Vaccine operations Central Provinces 1886-1899 - 1886-1899
Year: 1886
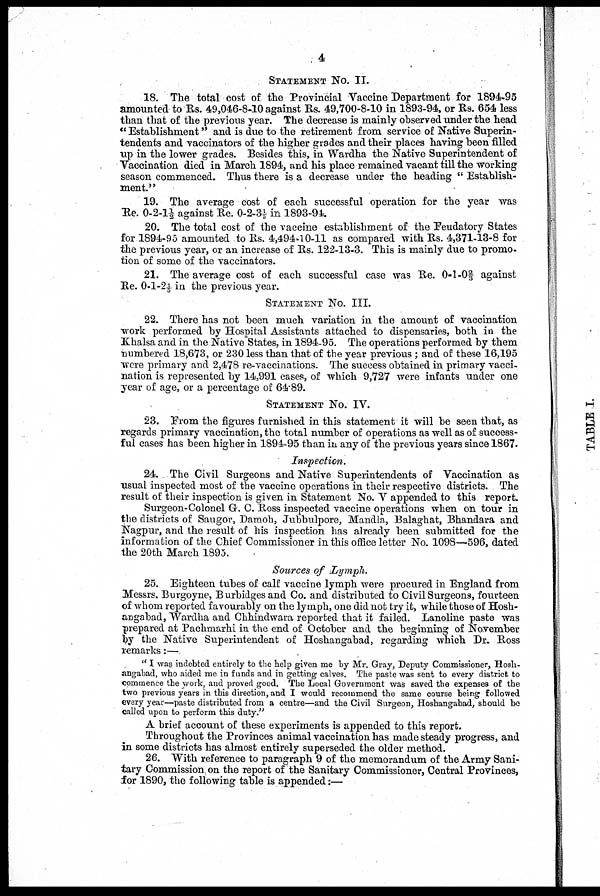
4
STATEMENT No. II.
18. The total cost of the Provincial Vaccine Department for 1894-95
amounted to Rs. 49,046-8-10 against Rs. 49,700-8-10 in 1893-94, or Rs. 654 less
than that of the previous year. The decrease is mainly observed under the head
" Establishment" and is due to the retirement from service of Native Superin-
tendents and vaccinators of the higher grades and their places having been filled
up in the lower grades. Besides this, in Wardha the Native Superintendent of
Vaccination died in March 1894, and his place remained vacant till the working
season commenced. Thus there is a decrease under the heading " Establish-
ment."
19. The average cost of each successful operation for the year was
Re. 0-2-1½ against Re. 0-2-3 1/5 in 1893-94.
20. The total cost of the vaccine establishment of the Feudatory States
for 1894-95 amounted to Rs. 4,494-10-11 as compared with Rs. 4,371-13-8 for
the previous year, or an increase of Rs. 122-13-3. This is mainly due to promo-
tion of some of the vaccinators.
21. The average cost of each successful case was Re. 0-1-0 2/3 against
Re. 0-1-21/5 in the previous year.
STATEMENT No. III.
22. There has not been much variation in the amount of vaccination
work performed by Hospital Assistants attached to dispensaries, both in the
Khalsa and in the Native States, in 1894-95. The operations performed by them
numbered 18,673, or 230 less than that of the year previous ; and of these 16,195
were primary and 2,478 re-vaccinations. The success obtained in primary vacci-
nation is represented by 14,991 cases, of which 9,727 were infants under one
year of age, or a percentage of 64.89.
STATEMENT No. IV.
23. From the figures furnished in this statement it will be seen that, as
regards primary vaccination, the total number of operations as well as of success-
ful cases has been higher in 1894-95 than in any of the previous years since 1867.
Inspection.
24. The Civil Surgeons and Native Superintendents of Vaccination as
usual inspected most of the vaccine operations in their respective districts. The
result of their inspection is given in Statement No. V appended to this report.
Surgeon-Colonel G. C. Ross inspected vaccine operations when on tour in
the districts of Saugor, Damoh, Jubbulpore, Mandla, Balaghat, Bhandara and
Nagpur, and the result of his inspection has already been submitted for the
Information of the Chief Commissioner in this office letter No. 1098—596, dated
the 20th March 1895.
Sources of Lymph.
25. Eighteen tubes of calf vaccine lymph were procured in England from
Messrs. Burgoyne, Burbidges and Co. and distributed to Civil Surgeons, fourteen
of whom reported favourably on the lymph, one did not try it, while those of Hosh-
angabad, Wardha and Chhindwara reported that it failed. Lanoline paste was
prepared at Pachmarhi in the end of October and the beginning of November
by the Native Superintendent of Hoshangabad, regarding which Dr. Ross
remarks:—
" I was indebted entirely to the help given me by Mr. Gray, Deputy Commissioner, Hosh-
angabad, who aided me in funds and in getting calves. The paste was sent to every district to
commence the work, and proved good. The Local Government was saved the expenses of the
two previous years in this direction, and I would recommend the same course being followed
every year—paste distributed from a centre—and the Civil Surgeon, Hoshangabad, should be
called upon to perform this duty."
A brief account of these experiments is appended to this report.
Throughout the Provinces animal vaccination has made steady progress, and
in some districts has almost entirely superseded the older method.
26. With reference to paragraph 9 of the memorandum of the Army Sani-
tary Commission, on the report of the Sanitary Commissioner, Central Provinces,
for 1890, the following table is appended:—